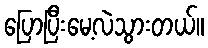
ပြောပြီးမေ့လဲသွားတယ်။